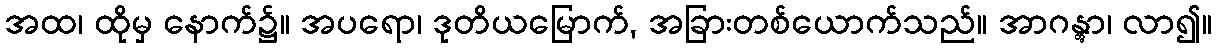
အထ၊ ထိုမှ နောက်၌။ အပရော၊ ဒုတိယမြောက်, အခြားတစ်ယောက်သည်။ အာဂန္တွာ၊ လာ၍။